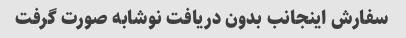
سفارش اینجانب بدون دریافت نوشابه صورت گرفت